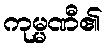
ကုမ္မဏီ၏